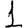
Digit: 1